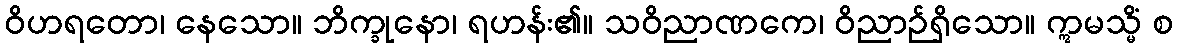
ဝိဟရတော၊ နေသော။ ဘိက္ခုနော၊ ရဟန်း၏။ သဝိညာဏကေ၊ ဝိညာဉ်ရှိသော။ ဣမသ္မိံ စ